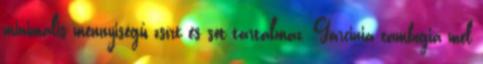
minimális mennyiségű zsírt és sót tartalmaz. Garcinia cambogia mel